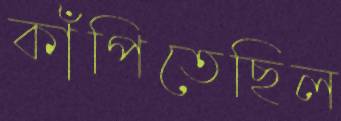
কাঁপিতেছিল